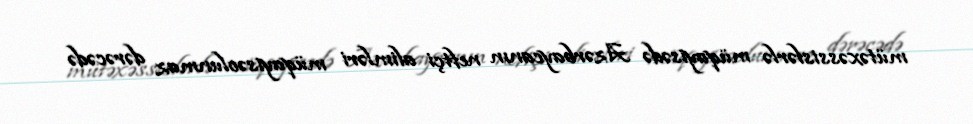
mütəxəssislərlə müqayisədə Azərbaycanın neftçi alimləri müqayisəolunmaz dərəcədə